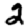
Digit: 2